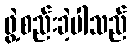
ဖွဲ့စည်းခဲ့ပါသည်